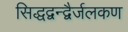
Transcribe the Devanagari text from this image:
सिद्धद्वन्द्वैर्जलकण